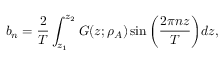
b _ { n } = \frac { 2 } { T } \int _ { z _ { 1 } } ^ { z _ { 2 } } G ( z ; \rho _ { A } ) \sin { \bigg ( \frac { 2 \pi n z } { T } \bigg ) } d z ,